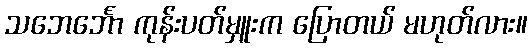
သဘေင်္ဘော ကုန်းပတ်မှူးက ပြောတယ် မဟုတ်လား။